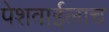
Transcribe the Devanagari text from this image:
पेशवाईलाच